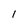
Character: 1